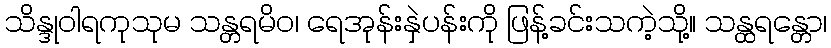
သိန္ဒုဝါရကုသုမ သန္တရမိဝ၊ ရေအုန်းနှဲပန်းကို ဖြန့်ခင်းသကဲ့သို့။ သန္ထရန္တော၊